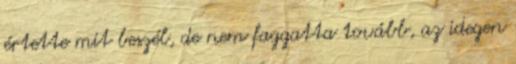
értette mit beszél, de nem faggatta tovább, az idegen